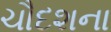
ચૌદશના